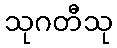
သုဂတီသု